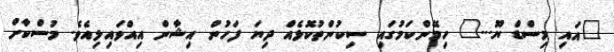
"އައި މިސްޑް ޔޫ..." ހިމޭންކަމުގައި ސިކުންތުކޮޅެއް ދިޔަ ފަހުން އިޝާން އިއްވައިލިއެވެ. މުސްކާށް